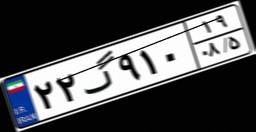
۲۲گ۹۱۰۱۹